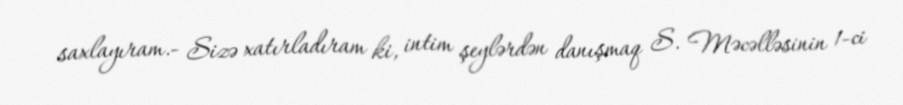
saxlayıram.- Sizə xatırladıram ki, intim şeylərdən danışmaq S. Məcəlləsinin 1-ci